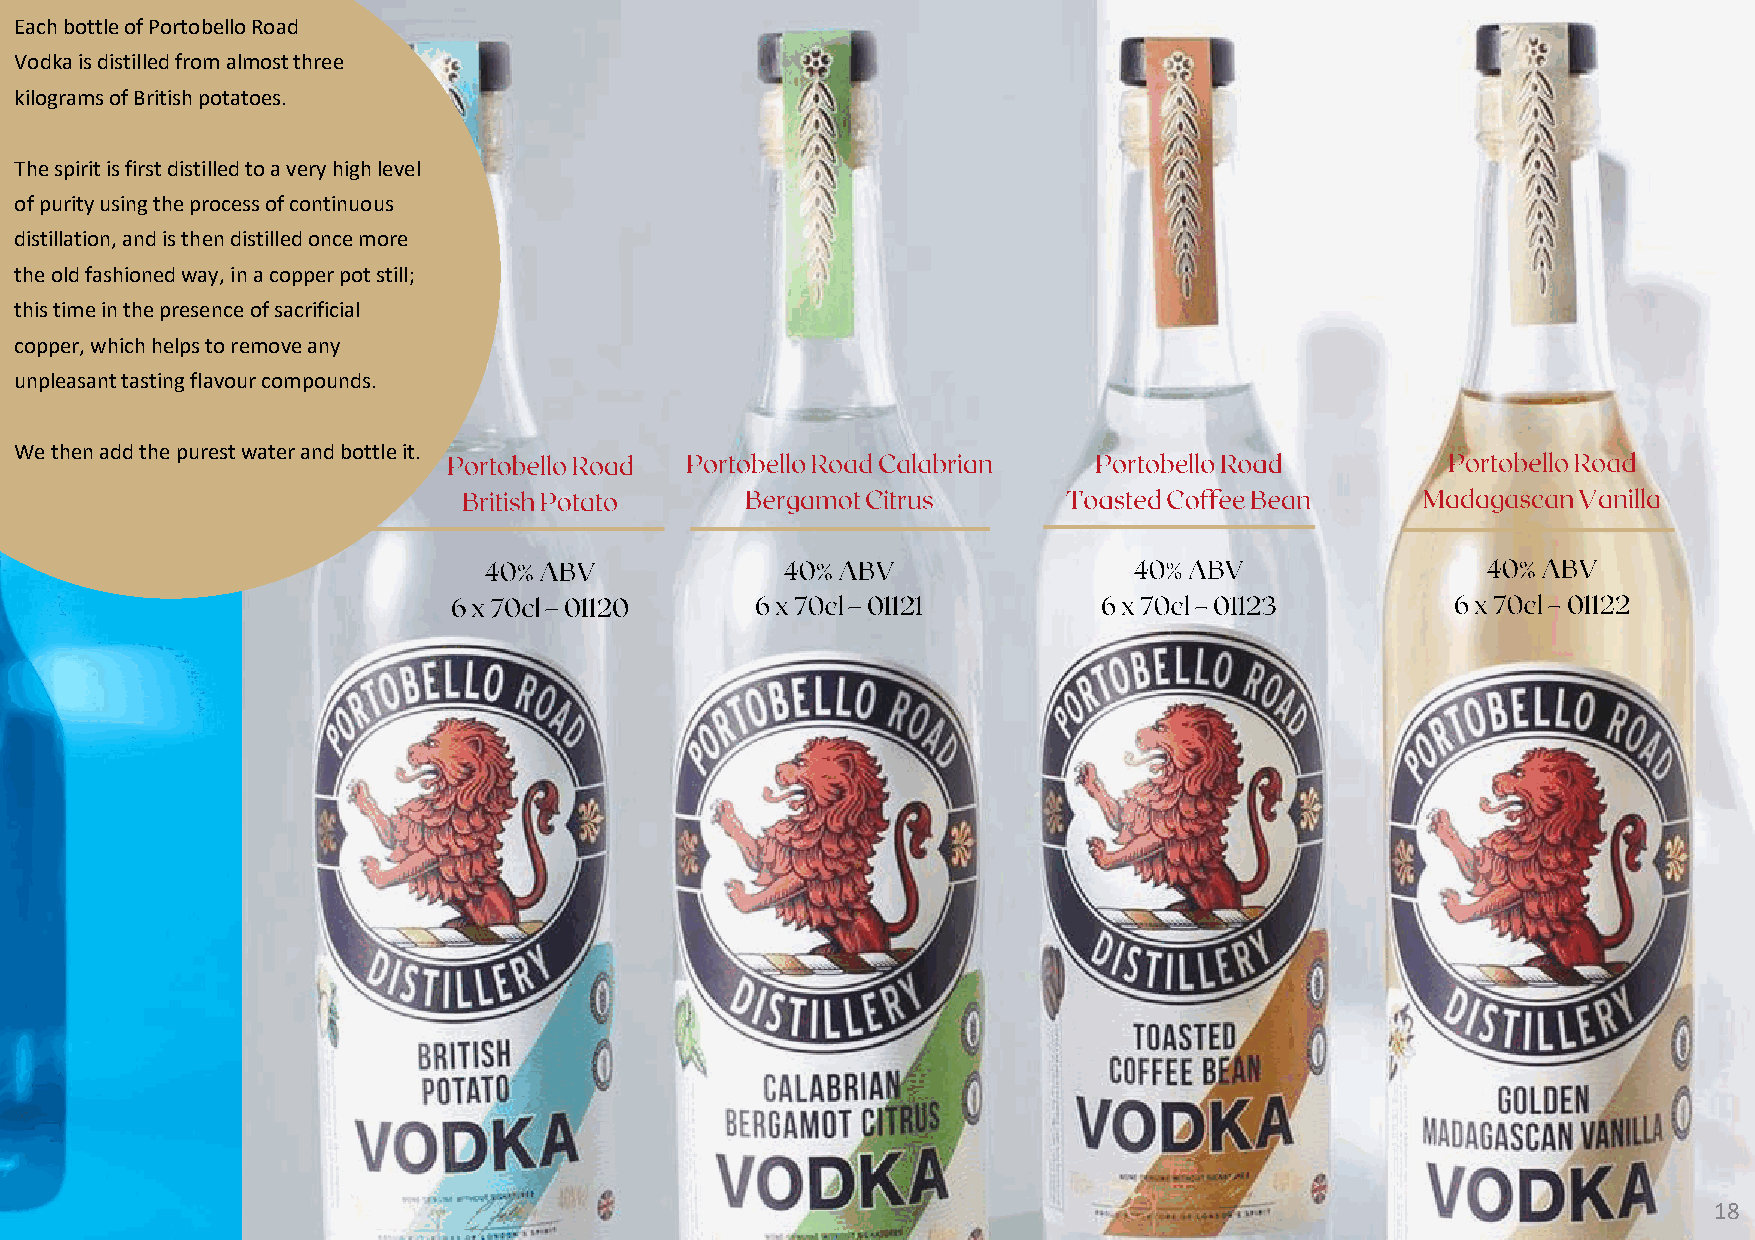
Each bottle of Portobello Road
 Vodka is distilled from almost three
 kilograms of British potatoes.
 The spirit is first distilled to a very high level
 of purity using the process of continuous
 distillation, and is then distilled once more
 the old fashioned way, in a copper pot still;
 this time in the presence of sacrificial
 copper, which helps to remove any
 unpleasant tasting flavour compounds.
 We then add the purest water and bottle it.
 18